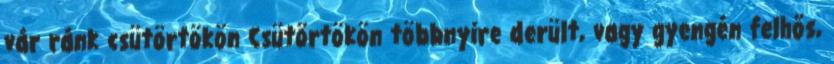
vár ránk csütörtökön Csütörtökön többnyire derült, vagy gyengén felhős,